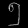
Digit: ၅